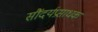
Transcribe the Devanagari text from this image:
सौंदर्यप्रसाधक